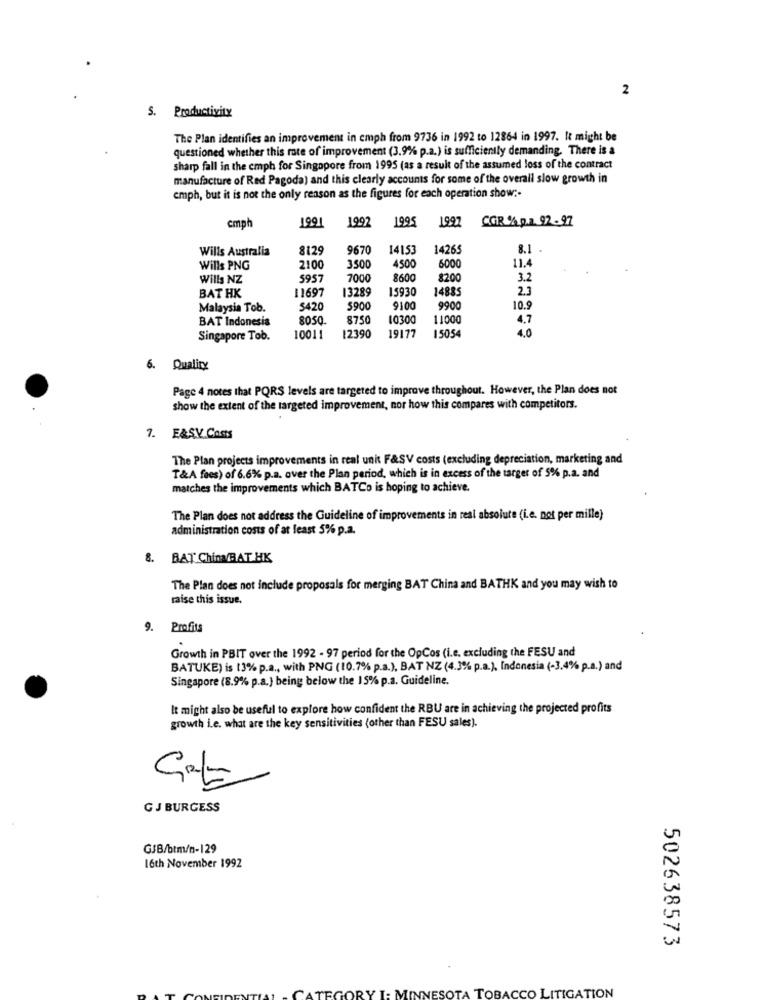
2
S. Productivity
The Plan identifies an improvement in cmph from 9736 in 1992 to 12864 in 1997. It might be
questioned whether this rate of improvement (3.9% p.a.) is sufficiently demanding. There is a
sharp fall in the emph for Singapore from 1995 (as a result of the assumed loss of the contract
manufacture of Red Pagoda) and this clearly accounts for some of the overall slow growth in
cmph, but it is not the only reason as the figures for each operation show :-
199
CGR % p.a. 92- 97
cmph
1991
1992
1997
Wills Australia
8129
9670
14153
14265
8.1 .
4500
11.4
Wills PNG
2100
3500
600
Wills NZ
5957
7000
8600
8200
3.2
13289
15930
1488
2.3
BAT HK
11697
Malaysia Tob.
$420
5900
910
9900
10.9
BAT Indonesia
8050
8750
10300
11000
4.7
19177
15054
4.0
Singapore Tob.
10011
12390
6. Quality
Page 4 notes that PQRS levels are targeted to improve throughout. However, the Plan does not
show the extent of the targeted improvement, nor how this compares with competitors.
7. E&SV Costs
The Plan projects improvements in real unit F&SV costs (excluding depreciation, marketing and
T&A fees) of 6.6% p.a. over the Plan period, which is in excess of the targer of 5% p.a. and
matches the improvements which BATCo is hoping to achieve.
The Plan does not address the Guideline of improvements in real absolute (i.e. not per mille)
administration costs of at least 5% p.a.
8. BAT China BAT HK
The Plan does not include proposals for merging BAT China and BATHK and you may wish to
raise this issue.
9. Profits
Growth in PBIT over the 1992 - 97 period for the OpCos (i.e. excluding the FESU and
BATUKE) is (3% p.a ., with PNG (10.7% p.a.), BAT NZ (4.3% p.a.), Indonesia (-3.4% p.a.) and
Singapore (8.9% p.a.) being below the 15% p.a. Guideline.
It might also be useful to explore how confident the RBU are in achieving the projected profits
growth i.e. what are the key sensitivities (other than FESU sales).
GJ BURGESS
GJB/btm/n-129
16th November 1992
502638573
NESOTA TOBACCO LITIGATION